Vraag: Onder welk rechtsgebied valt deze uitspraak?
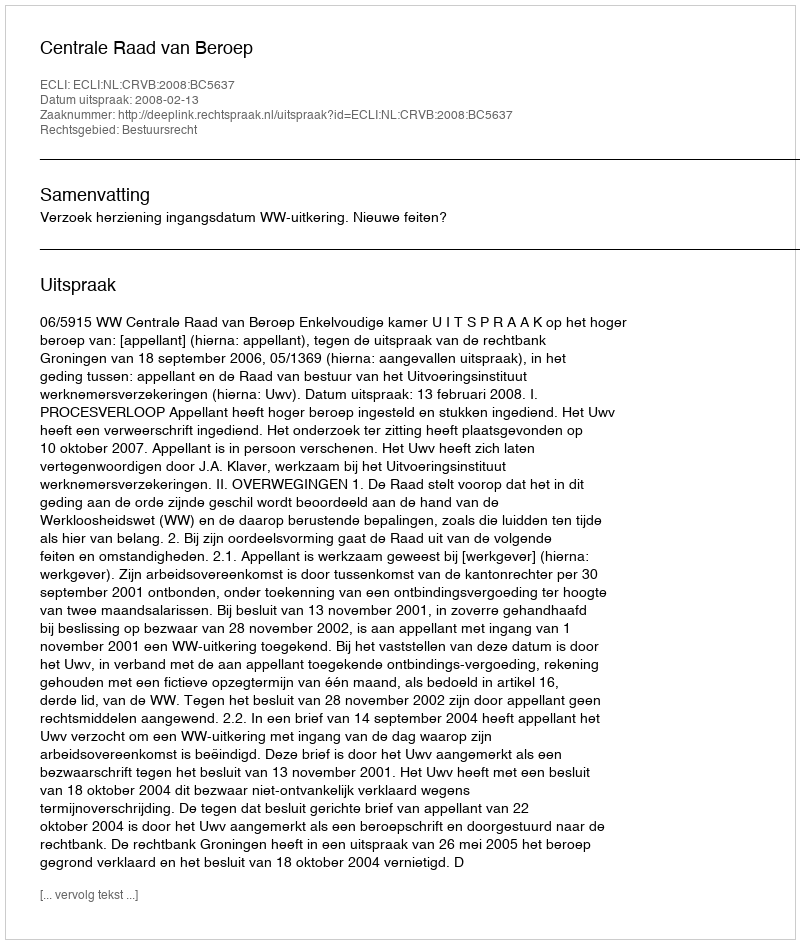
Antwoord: Bestuursrecht